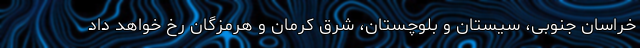
خراسان جنوبی، سیستان و بلوچستان، شرق کرمان و هرمزگان رخ خواهد داد